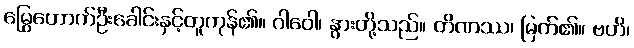
မြွေဟောက်ဦးခေါင်းနှင့်တူကုန်၏။ ဂါဝေါ၊ နွားတို့သည်။ တိဏဿ၊ မြက်၏။ ဗဟိ၊